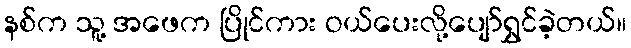
နစ်က သူ့ အဖေက ပြိုင်ကား ဝယ်ပေးလို့ပျော်ရွှင်ခဲ့တယ်။